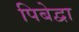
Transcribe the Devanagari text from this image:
पिबेद्वा